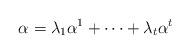
LaTeX: \begin{align*} \alpha = \lambda_1\alpha^1 + \cdots + \lambda_t\alpha^t \end{align*}